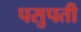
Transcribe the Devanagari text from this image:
पसुपती